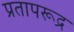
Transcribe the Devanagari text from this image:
प्रतापरूद्र